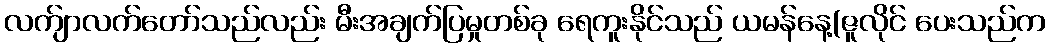
လက်ျာလက်တော်သည်လည်း မီးအချက်ပြမှုတစ်ခု ရေကူးနိုင်သည် ယမန်နေ့(ဇူလိုင် ပေးသည်က